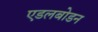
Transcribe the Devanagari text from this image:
एडलबोडन